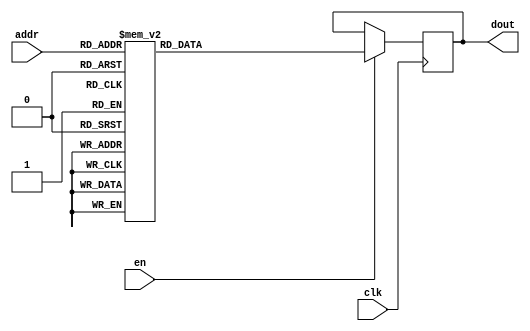
`timescale 1ns / 1ps
/*
Copyright
All right reserved.
Module Name: rom_syn
Author  : Zichuan Liu, Yixing Li and Wenye Liu.
Description:
A synthesized ROM: ROM_DEP x ROM_WID
*/
module EC_1_REF_ROM_14(
// inputs
clk,
en,
addr,
// outputs
dout
);
localparam ROM_WID = 12;
localparam ROM_DEP = 32;
localparam ROM_ADDR = 5;
// input definition
input clk;
input en;
input [ROM_ADDR-1:0] addr;
// output definition
output [ROM_WID-1:0] dout;
reg [ROM_WID-1:0] data;
always @(posedge clk)
begin
if (en) begin
case(addr)
		5'd0: data <= 12'b010011010010;
		5'd1: data <= 12'b010010001000;
		5'd2: data <= 12'b010010101110;
		5'd3: data <= 12'b010010001100;
		5'd4: data <= 12'b010010011011;
		5'd5: data <= 12'b010011000001;
		5'd6: data <= 12'b010011011011;
		5'd7: data <= 12'b010100000000;
		5'd8: data <= 12'b001101110001;
		5'd9: data <= 12'b010011000101;
		5'd10: data <= 12'b010000010001;
		5'd11: data <= 12'b010011101011;
		5'd12: data <= 12'b010000100101;
		5'd13: data <= 12'b010010110101;
		5'd14: data <= 12'b010010011000;
		5'd15: data <= 12'b010011000101;
		5'd16: data <= 12'b010011001010;
		5'd17: data <= 12'b010011010111;
		5'd18: data <= 12'b010010100110;
		5'd19: data <= 12'b010010110000;
		5'd20: data <= 12'b010010101010;
		5'd21: data <= 12'b010001011000;
		5'd22: data <= 12'b010011000100;
		5'd23: data <= 12'b010011001110;
		5'd24: data <= 12'b010010111101;
		5'd25: data <= 12'b010000110111;
		5'd26: data <= 12'b010011011111;
		5'd27: data <= 12'b010011101110;
		5'd28: data <= 12'b010010101010;
		5'd29: data <= 12'b010011010000;
		5'd30: data <= 12'b010011100000;
		5'd31: data <= 12'b010011001010;
		endcase
		end
	end
	assign dout = data;
endmodule